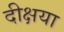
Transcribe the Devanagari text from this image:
दीक्षया